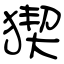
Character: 猰